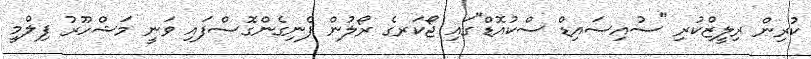
ކުރިން ރިލީޒްކުރި "ސުއިސައިޑް ސްކުއޮޑް"ގައި ޖޯކަރގެ ރޯލުން ފެނިގެންގޮސްފައި ވަނީ މަޝްހޫރު ފިލްމީ